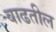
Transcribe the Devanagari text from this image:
वाढतील